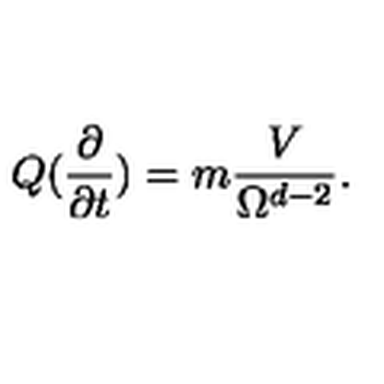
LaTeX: Q ( \frac { \partial } { \partial t } ) = m \frac { V } { \Omega ^ { d - 2 } } .